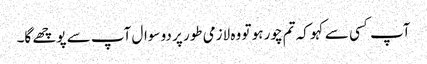
آپ کسی سے کہو کہ تم چور ہو تو وہ لازمی طور پر دو سوال آپ سے پوچھے گا۔